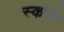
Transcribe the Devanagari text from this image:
स्कॉपे